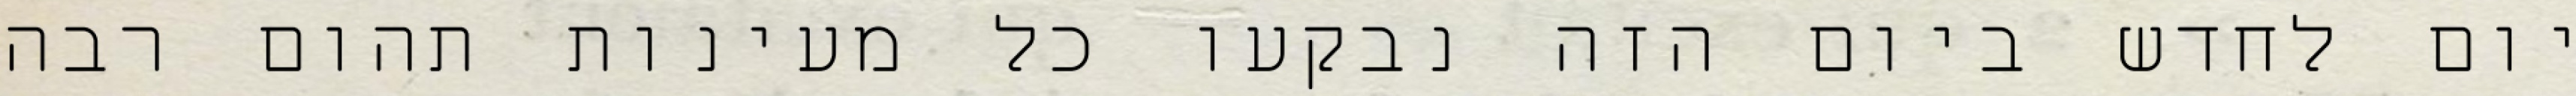
יום לחדש ביום הזה נבקעו כל מעינות תהום רבה